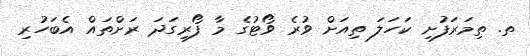
ތ. ތިމަރަފުށި ކަހަލަ ތިއަށް ވުރެ ވޯޓުގެ މާ ފޯރިގަދަ ރަށްތައް އެބަހުރި